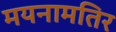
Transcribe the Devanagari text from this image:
मयनामतिर